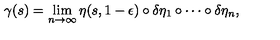
\gamma ( s ) = \lim _ { n \rightarrow \infty } \eta ( s , 1 - \epsilon ) \circ \delta \eta _ { 1 } \circ \cdots \circ \delta \eta _ { n } ,